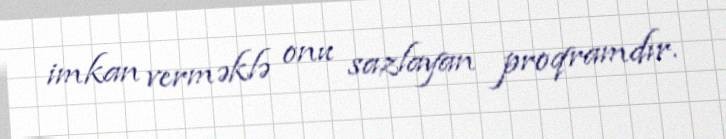
imkan verməklə onu sazlayan proqramdır.